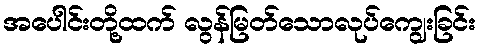
အပေါင်းတို့ထက် လွန်မြတ်သောလုပ်ကျွေးခြင်း